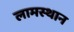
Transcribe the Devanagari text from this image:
लामस्थान